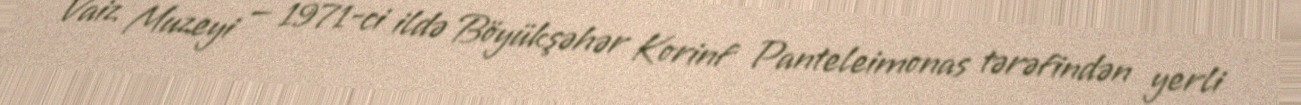
Vaiz Muzeyi — 1971-ci ildə Böyükşəhər Korinf Panteleimonas tərəfindən yerli